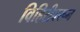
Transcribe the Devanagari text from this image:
विहिरीवरून